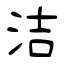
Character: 洁